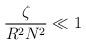
LaTeX: \begin{align*}{\zeta \over {R^2 N^2}} \ll 1\end{align*}